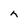
Character: h